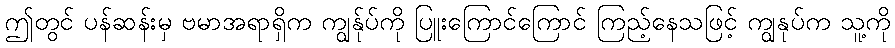
ဤတွင် ပန်ဆန်းမှ ဗမာအရာရှိက ကျွန်ုပ်ကို ပြူးကြောင်ကြောင် ကြည့်နေသဖြင့် ကျွနုပ်က သူ့ကို